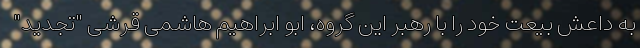
به داعش بیعت خود را با رهبر این گروه، ابو ابراهیم هاشمی قرشی "تجدید"